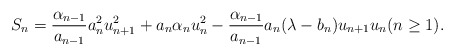
\begin{align*} S_n = \frac{\alpha_{n-1}}{a_{n-1}} a_n^2 u_{n+1}^2 + a_n \alpha_n u_n^2 - \frac{\alpha_{n-1}}{a_{n-1}} a_n (\lambda - b_n) u_{n+1} u_n (n \geq 1).\end{align*}